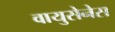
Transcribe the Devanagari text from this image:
वायुसेनेस